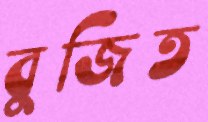
বুজিত